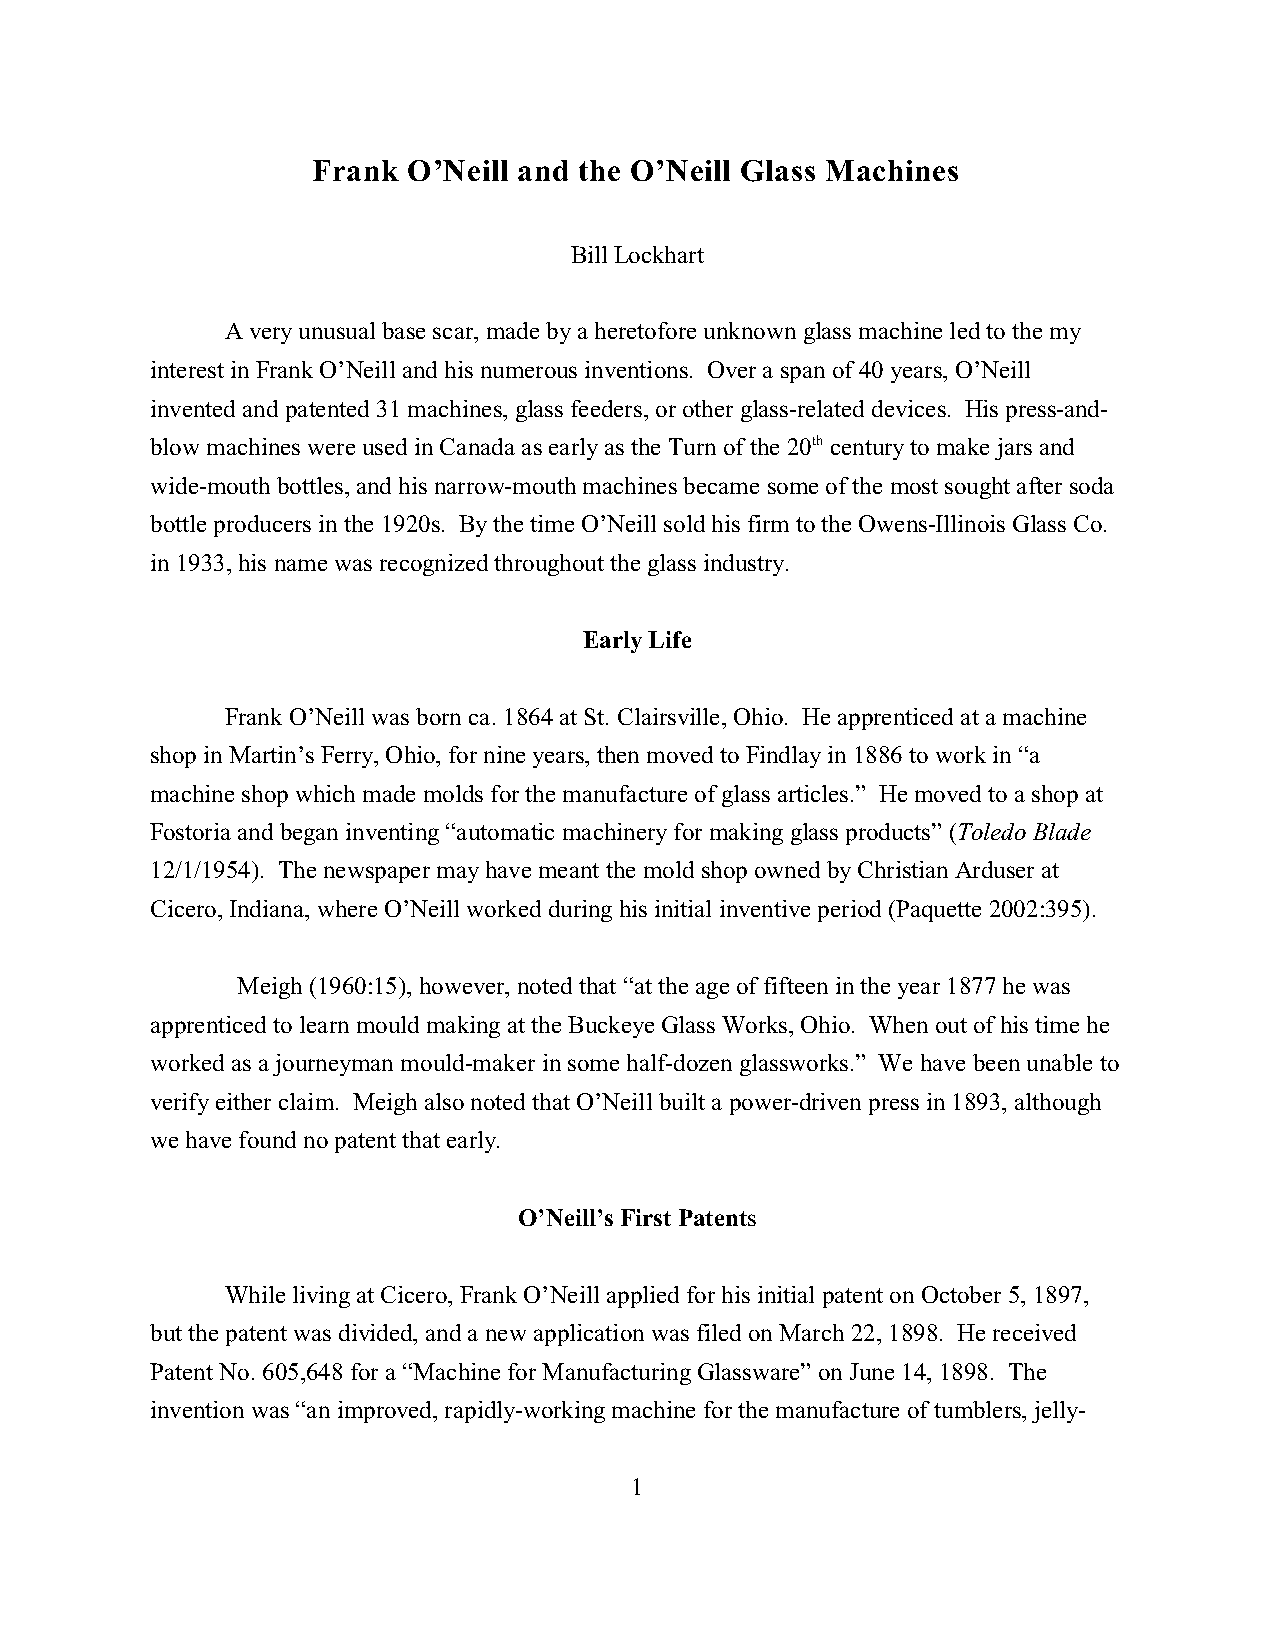
Frank O’Neill and the O’Neill Glass Machines
 Bill Lockhart
 A very unusual base scar, made by a heretofore unknown glass machine led to the my
 interest in Frank O’Neill and his numerous inventions. Over a span of 40 years, O’Neill
 invented and patented 31 machines, glass feeders, or other glass-related devices. His press-and-
 blow machines were used in Canada as early as the Turn of the 20th century to make jars and
 wide-mouth bottles, and his narrow-mouth machines became some of the most sought after soda
 bottle producers in the 1920s. By the time O’Neill sold his firm to the Owens-Illinois Glass Co.
 in 1933, his name was recognized throughout the glass industry.
 Early Life
 Frank O’Neill was born ca. 1864 at St. Clairsville, Ohio. He apprenticed at a machine
 shop in Martin’s Ferry, Ohio, for nine years, then moved to Findlay in 1886 to work in “a
 machine shop which made molds for the manufacture of glass articles.” He moved to a shop at
 Fostoria and began inventing “automatic machinery for making glass products” (Toledo Blade
 12/1/1954). The newspaper may have meant the mold shop owned by Christian Arduser at
 Cicero, Indiana, where O’Neill worked during his initial inventive period (Paquette 2002:395).
 Meigh (1960:15), however, noted that “at the age of fifteen in the year 1877 he was
 apprenticed to learn mould making at the Buckeye Glass Works, Ohio. When out of his time he
 worked as a journeyman mould-maker in some half-dozen glassworks.” We have been unable to
 verify either claim. Meigh also noted that O’Neill built a power-driven press in 1893, although
 we have found no patent that early.
 O’Neill’s First Patents
 While living at Cicero, Frank O’Neill applied for his initial patent on October 5, 1897,
 but the patent was divided, and a new application was filed on March 22, 1898. He received
 Patent No. 605,648 for a “Machine for Manufacturing Glassware” on June 14, 1898. The
 invention was “an improved, rapidly-working machine for the manufacture of tumblers, jelly-
 1